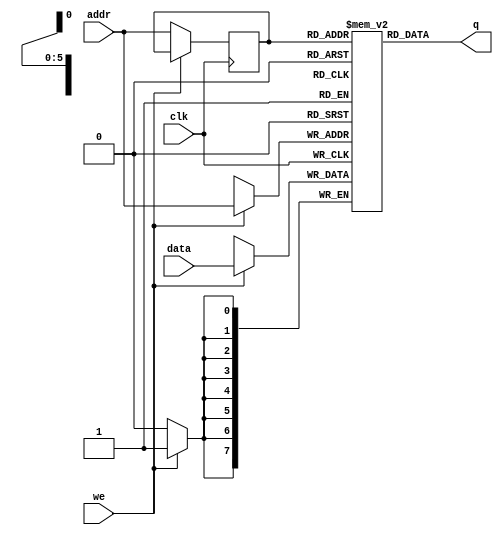
module single_port_ram
#(parameter addr_width = 6,
parameter data_width = 8,
parameter depth = 64)
                (
                input [data_width-1:0] data,  
				input [addr_width-1:0] addr,  
				input we,clk,                 
				output [data_width-1:0] q     
				);
				

reg [data_width-1:0] ram [depth-1:0];

reg [addr_width-1:0] addr_reg;

always @(posedge clk)
begin
if(we)                     
     ram[addr] <=data; 
	 else                  
	     addr_reg <=addr;  
end
assign q= ram[addr_reg];  
endmodule